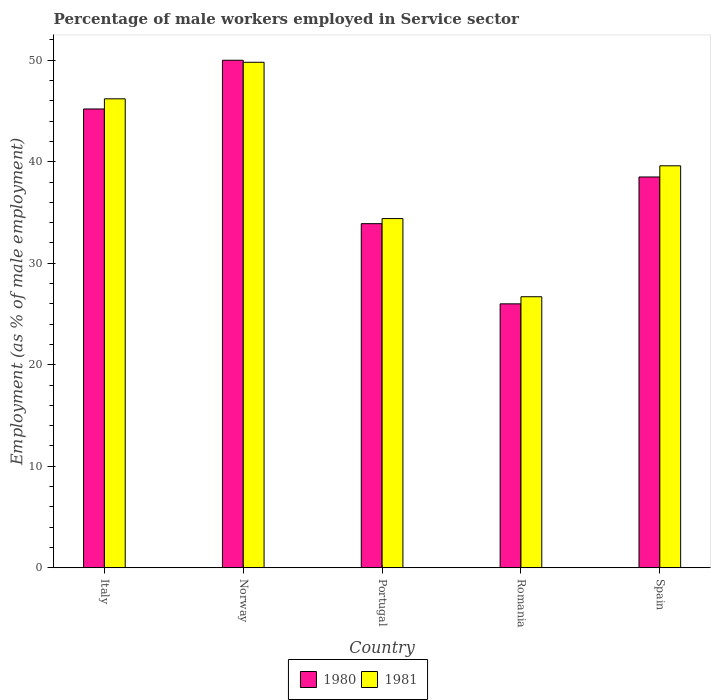
| Country | 1980 | 1981 |
 | --- | --- | --- |
 | Italy | 45.2 | 46.2 |
 | Norway | 50 | 49.8 |
 | Portugal | 33.9 | 34.4 |
 | Romania | 26 | 26.7 |
 | Spain | 38.5 | 39.6 |